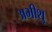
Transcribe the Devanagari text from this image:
अभीशु